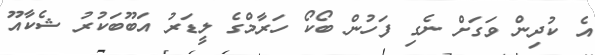
އެ ކުދިން ވަގަށް ނެގި ފަހުން ބޯކޯ ހަރާމްގެ ލީޑަރު އަބޫބަކުރު ޝެކާއޫ